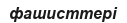
фашисттері